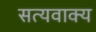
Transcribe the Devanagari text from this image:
सत्यवाक्य